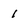
Character: 1